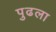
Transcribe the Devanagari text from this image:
पुढला